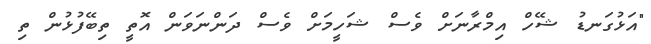
"އަޅުގަނޑު ޝޭހް އިމްރާނަށް ވެސް ޝަހީމަށް ވެސް ދަންނަވަން އޮތީ ތިބޭފުޅުން ތި